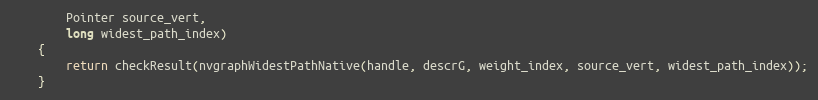
Language: Java
        Pointer source_vert,
        long widest_path_index)
    {
        return checkResult(nvgraphWidestPathNative(handle, descrG, weight_index, source_vert, widest_path_index));
    }